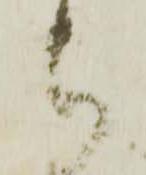
被